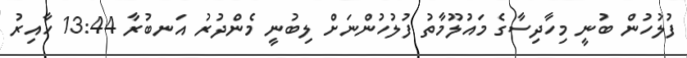
ފުލުހުން ބުނީ މިހާދިސާގެ މައުލޫމާތު ފުލުހުންނަށް ލިބުނީ މެންދުރު އަނބުރާ 13:44 ހާއިރު